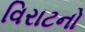
વિરાટનો